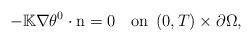
LaTeX: \begin{align*}-\mathbb{K}\nabla\theta^{0}\cdot\mbox{n}=0\quad\mbox{on}\;\left(0,T\right)\times\partial\Omega,\end{align*}